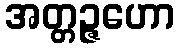
အတ္တဉ္ဇဟော